Note on the mental hospitals in Burma - 1925-1940
Year: 1925
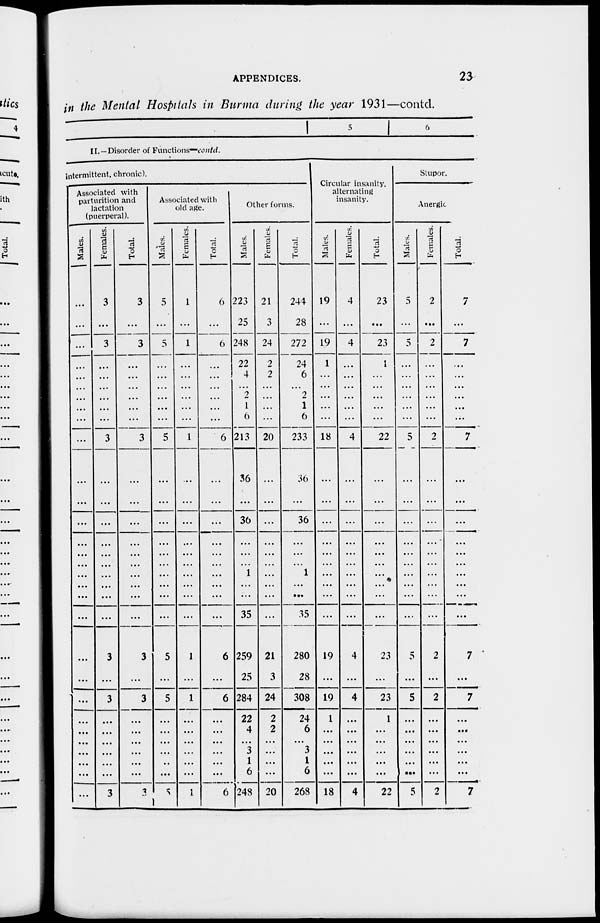
APPENDICES.
23
in the Mental Hospitals in Burma during the year 1931—contd.
5
6
II. —Disorder of Functions—contd.
intermittent, chronic).
Associated with
parturition and
lactation
(puerperal).
Males.
...
...
...
...
...
...
...
...
...
...
...
...
...
...
...
...
...
...
...
...
...
...
...
...
...
...
...
...
...
...
Females.
3
...
3
...
...
...
...
...
...
3
...
...
...
...
...
...
...
...
...
...
3
...
3
...
...
...
...
...
...
3
Total.
3
...
3
...
...
...
...
...
...
3
...
...
...
...
...
...
...
...
...
...
3
...
3
...
...
...
...
...
...
3
Associated with
old age.
Males.
5
...
5
...
...
...
...
...
...
5
...
...
...
...
...
...
...
...
...
...
5
...
5
...
...
...
...
..
...
5
Females.
1
...
1
...
...
...
...
...
...
1
...
...
...
...
...
...
...
...
...
...
1
...
1
...
...
...
...
...
...
1
Total.
6
...
6
...
...
...
...
...
...
6
...
...
...
...
...
...
...
...
...
...
6
...
6
...
...
...
...
...
...
6
Other forms.
Males.
223
25
248
22
4
2
1
6
213
36
...
36
...
...
1
...
...
35
259
25
284
22
4
...
3
1
6
248
Females.
21
3
24
2
2
...
...
...
...
20
...
...
...
...
...
...
...
...
...
...
21
3
24
2
2
...
...
...
...
20
Total.
244
28
272
24
6
...
2
1
6
233
36
...
36
...
...
...
1
...
...
35
280
28
308
24
6
...
3
1
6
268
Circular insanity.
alternating
insanity.
Males.
19
...
19
1
...
...
...
...
...
18
...
...
...
...
...
...
...
...
...
...
19
...
19
1
...
...
...
...
...
18
Females.
4
...
4
...
...
...
...
...
...
4
...
...
...
...
...
...
...
...
...
...
4
...
4
...
...
...
...
...
...
4
Total.
23
...
23
1
...
...
...
...
...
22
...
...
...
...
...
...
...
...
...
...
23
...
23
1
...
...
...
...
...
22
Stupor.
Anergic
Males.
5
...
5
...
...
...
...
...
...
5
...
...
...
...
...
...
...
...
...
...
5
...
5
...
...
...
...
...
...
5
Females.
2
...
2
...
...
...
...
...
...
2
...
...
...
...
...
...
...
...
...
...
2
...
2
...
...
...
...
...
...
2
Total.
7
...
7
...
...
...
...
...
...
7
...
...
...
...
...
...
...
...
...
...
7
...
7
...
...
...
...
...
...
7